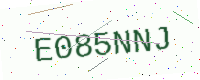
Text: E085NNJ